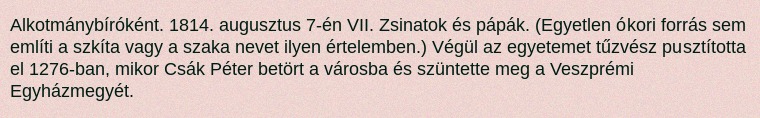
Alkotmánybíróként. 1814. augusztus 7-én VII. Zsinatok és pápák. (Egyetlen ókori forrás sem említi a szkíta vagy a szaka nevet ilyen értelemben.) Végül az egyetemet tűzvész pusztította el 1276-ban, mikor Csák Péter betört a városba és szüntette meg a Veszprémi Egyházmegyét.